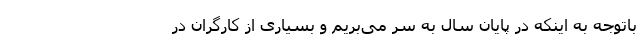
باتوجه به اینکه در پایان سال به سر می‌بریم و بسیاری از کارگران در